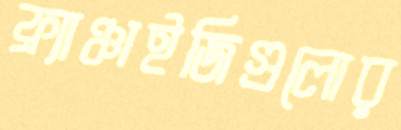
ফ্র্যাঞ্চাইজিগুলোর